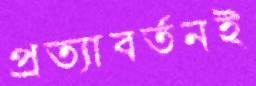
প্রত্যাবর্তনই